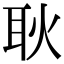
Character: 耿